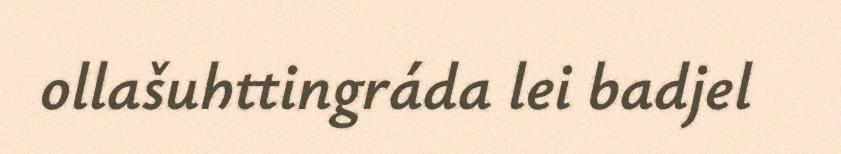
ollašuhttingráda lei badjel